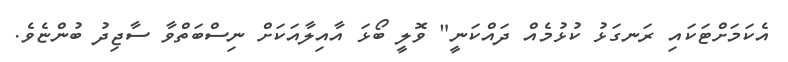
އެކަމަށްޓަކައި ރަނގަޅު ކުޅުމެއް ދައްކަނީ" ވޮލީ ބޯޅަ އާއިލާއަކަށް ނިސްބަތްވާ ސާޖިދު ބުންޏެވެ.